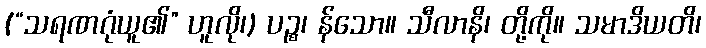
(“သရဏဂုံယူ၏” ဟူလို၊) ပဉ္စ၊ န်သော။ သီလာနိ၊ တို့ကို။ သမာဒိယတိ၊